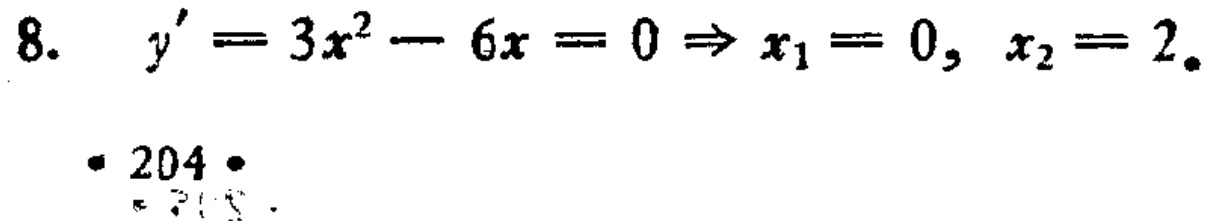
8. \(y^{\prime}=3x^{2}-6x = 0\Rightarrow x_{1}=0, x_{2}=2\).
·204·